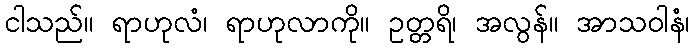
ငါသည်။ ရာဟုလံ၊ ရာဟုလာကို။ ဥတ္တရိ၊ အလွန်။ အာသဝါနံ၊